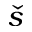
\check { s }